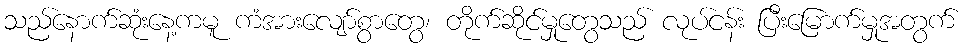
သည်နောက်ဆုံးနေ့ကမူ ကံအားလျော်စွာတွေ၊ တိုက်ဆိုင်မှုတွေသည် လုပ်ငန်း ပြီးမြောက်မှုအတွက်